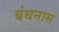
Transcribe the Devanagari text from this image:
बंधनास